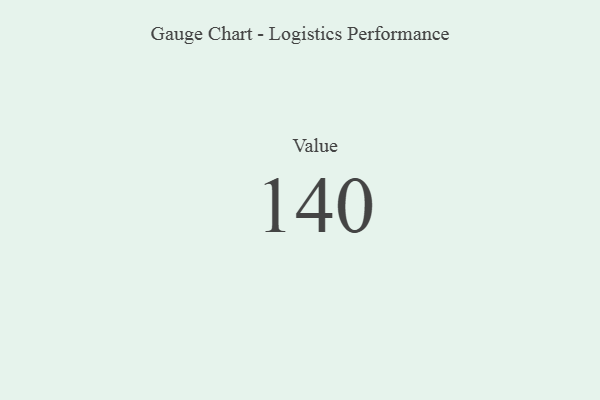
{"axis": {"x": "Metric", "y": "Value"}, "legend": [""], "data": [{"x": "Value", "y": 140, "type": ""}]}